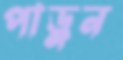
পাড়ুন